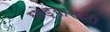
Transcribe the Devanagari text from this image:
घोड्यासाठी